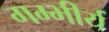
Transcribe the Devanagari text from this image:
गम्भीर्य